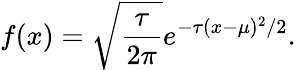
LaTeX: f(x)={\sqrt{\frac{\tau}{2\pi}}}e^{-\tau(x-\mu)^{2}/2}.